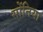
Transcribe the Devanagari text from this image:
सोंनिया